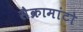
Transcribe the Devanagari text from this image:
सैक्रामांटो